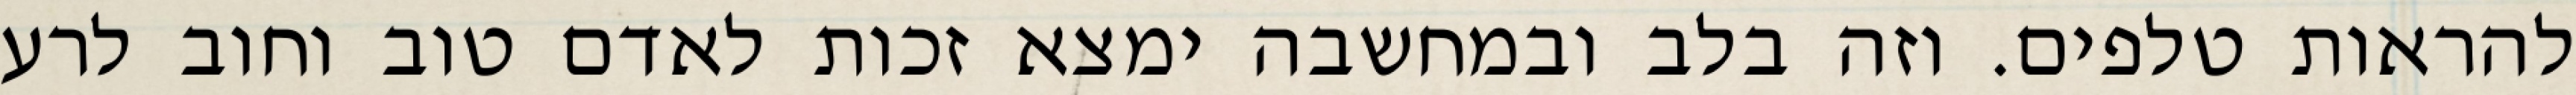
להראות טלפים. וזה בלב ובמחשבה ימצא זכות לאדם טוב וחוב לרע